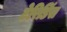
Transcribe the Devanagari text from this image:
टेरिडिंस